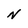
Character: N